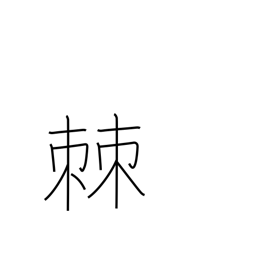
Meaning: splinter